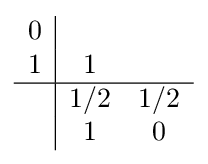
{\begin{array}{c|cc}0&\\1&1\\\hline &1/2&1/2\\&1&0\end{array}}